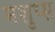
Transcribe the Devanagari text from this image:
मशुप्स